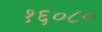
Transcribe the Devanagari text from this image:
१६०८०